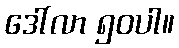
ဒေါ်လာ ၅၀ပါ။